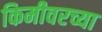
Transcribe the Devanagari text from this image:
किमीवरच्या